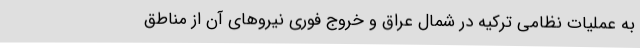
به عملیات نظامی ترکیه در شمال عراق و خروج فوری نیروهای آن از مناطق